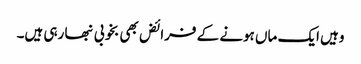
وہیں ایک ماں ہونے کے فرائض بھی بخوبی نبھا رہی ہیں۔